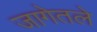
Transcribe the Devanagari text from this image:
जागेतले